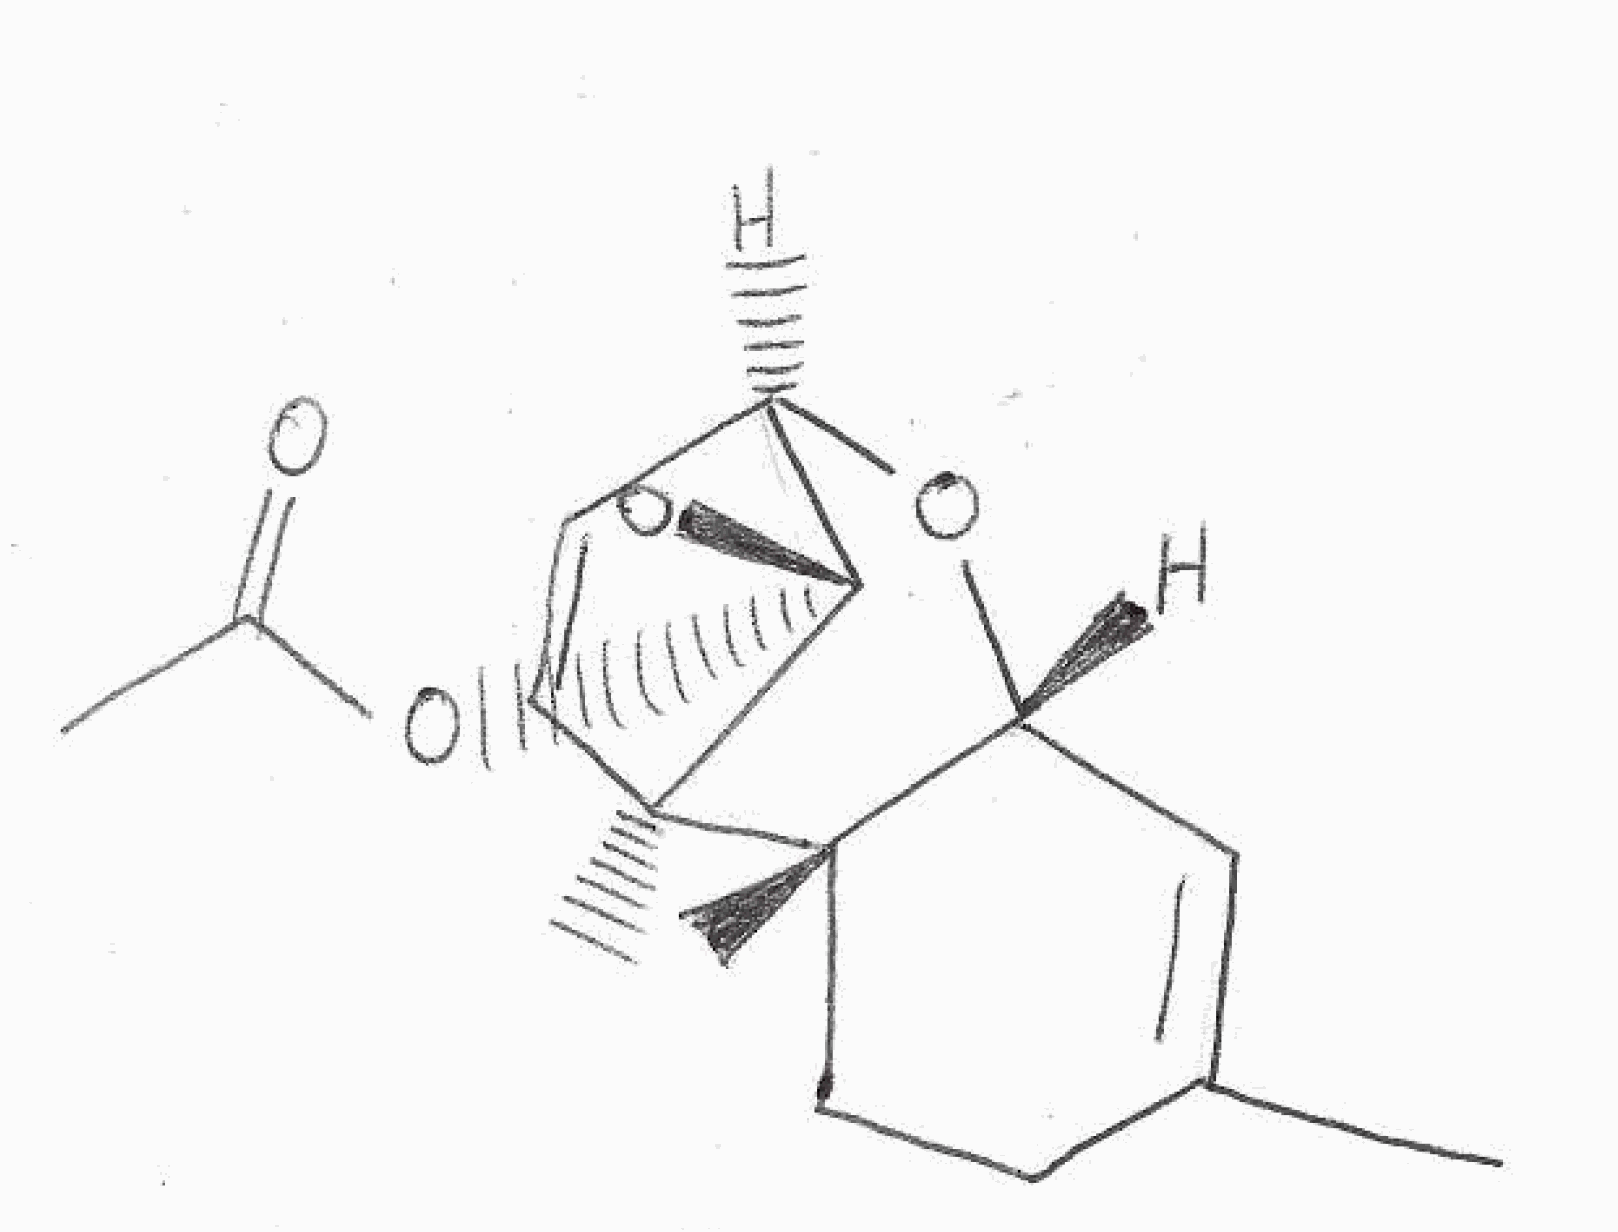
Simplified molecular-input line-entry system (SMILES) notation of the given molecule:
CC1=C[C@@H]2[C@](CC1)([C@]3([C@@H](C[C@H]([C@@]34CO4)O2)OC(=O)C)C)C